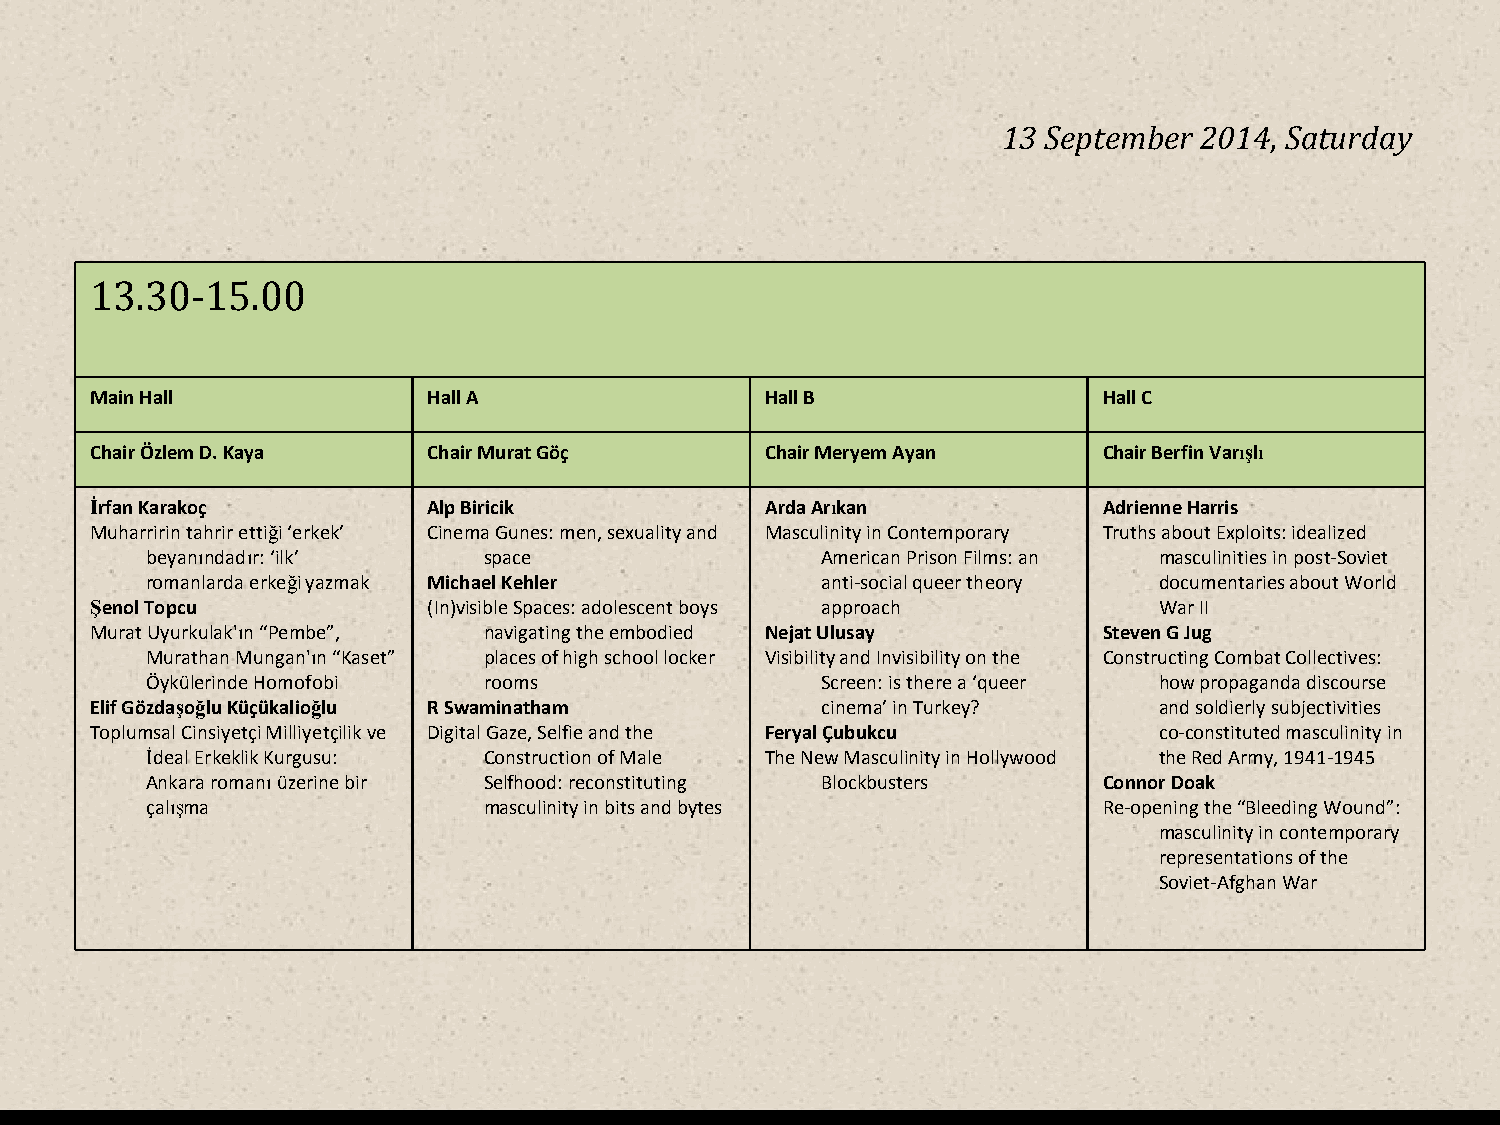
13 September 2014, Saturday
 13.30-15.00
 Main Hall             Hall A                 Hall B                Hall C
 Chair Özlem D. Kaya   Chair Murat Göç        Chair Meryem Ayan     Chair Berfin Varışlı
 İrfan Karakoç         Alp Biricik            Arda Arıkan           Adrienne Harris
 Muharririn tahrir ettiği ‘erkek’ Cinema Gunes: men, sexuality and Masculinity in Contemporary Truths about Exploits: idealized
 beyanındadır: ‘ilk’   space                 American Prison Films: an masculinities in post-Soviet
 romanlarda erkeği yazmak Michael Kehler     anti-social queer theory documentaries about World
 Şenol Topcu           (In)visible Spaces: adolescent boys approach     War II
 Murat Uyurkulak'ın “Pembe”, navigating the embodied Nejat Ulusay   Steven G Jug
 Murathan Mungan'ın “Kaset” places of high school locker Visibility and Invisibility on the Constructing Combat Collectives:
 Öykülerinde Homofobi  rooms                 Screen: is there a ‘queer how propaganda discourse
 Elif Gözdaşoğlu Küçükalioğlu R Swaminatham      cinema’in Turkey?      and soldierly subjectivities
 Toplumsal Cinsiyetçi Milliyetçilik ve Digital Gaze, Selfie and the Feryal Çubukcu co-constituted masculinity in
 İdeal Erkeklik Kurgusu: Construction of Male The New Masculinity in Hollywood the Red Army, 1941-1945
 Ankara romanıüzerine bir Selfhood: reconstituting Blockbusters Connor Doak
 çalışma               masculinity in bits and bytes            Re-opening the “Bleeding Wound”:
 masculinity in contemporary
 representations of the
 Soviet-Afghan War